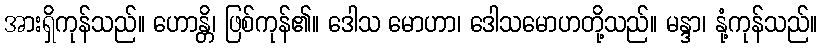
အားရှိကုန်သည်။ ဟောန္တိ၊ ဖြစ်ကုန်၏။ ဒေါသ မောဟာ၊ ဒေါသမောဟတို့သည်။ မန္ဒာ၊ နုံ့ကုန်သည်။